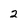
Character: 2